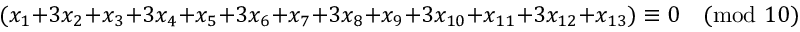
( x _ { 1 } + 3 x _ { 2 } + x _ { 3 } + 3 x _ { 4 } + x _ { 5 } + 3 x _ { 6 } + x _ { 7 } + 3 x _ { 8 } + x _ { 9 } + 3 x _ { 1 0 } + x _ { 1 1 } + 3 x _ { 1 2 } + x _ { 1 3 } ) \equiv 0 { \pmod { 1 0 } } .